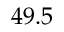
4 9 . 5